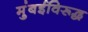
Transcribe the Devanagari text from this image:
मुंबईविरूद्ध